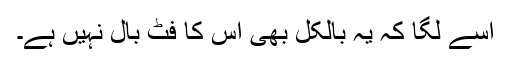
اسے لگا کہ یہ بالکل بھی اس کا فٹ بال نہیں ہے۔